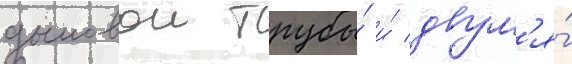
дымовои трубы́ и́ двум'я́